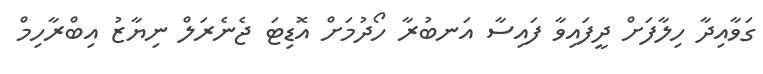
ގަވާއިދާ ހިލާފަށް ދީފައިވާ ފައިސާ އަނބުރާ ހޯދުމަށް އޮޑިޓަ ޖެނެރަލް ނިޔާޒު އިބްރާހިމް